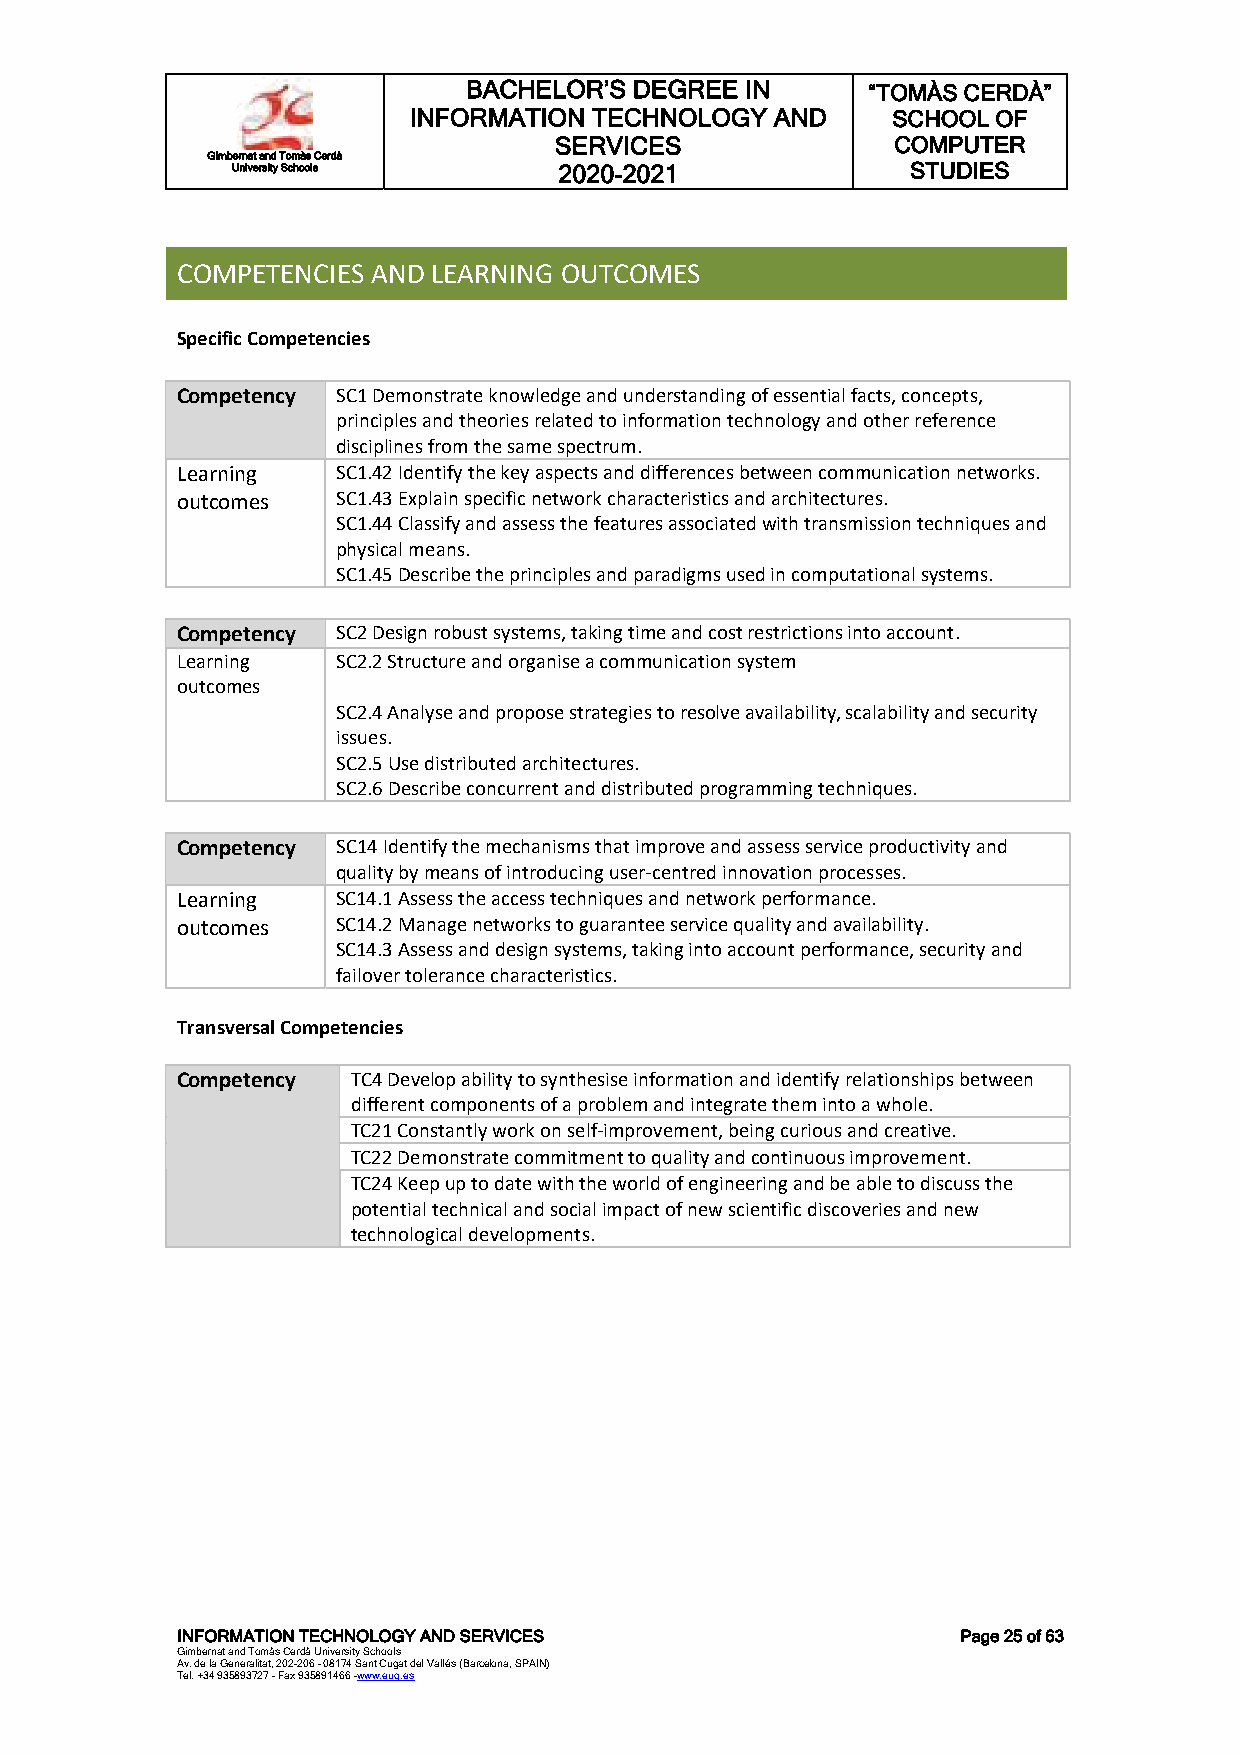
BACHELOR’S DEGREE IN      “TOMÀS CERDÀ”
 INFORMATION TECHNOLOGY  AND     SCHOOL OF
 SERVICES              COMPUTER
 Gimbernat and Tomàs Cerdà
 University Schools    2020-2021              STUDIES
 COMPETENCIES AND LEARNING OUTCOMES
 Specific Competencies
 Competency SC1 Demonstrate knowledge and understanding of essential facts, concepts,
 principles and theories related to information technology and other reference
 disciplines from the same spectrum.
 Learning  SC1.42 Identify the key aspects and differences between communication networks.
 outcomes  SC1.43 Explain specific network characteristics and architectures.
 SC1.44 Classify and assess the features associated with transmission techniques and
 physical means.
 SC1.45 Describe the principles and paradigms used in computational systems.
 Competency SC2 Design robust systems, taking time and cost restrictions into account.
 Learning  SC2.2 Structure and organise a communication system
 outcomes
 SC2.4 Analyse and propose strategies to resolve availability, scalability and security
 issues.
 SC2.5 Use distributed architectures.
 SC2.6 Describe concurrent and distributed programming techniques.
 Competency SC14 Identify the mechanisms that improve and assess service productivity and
 quality by means of introducing user-centred innovation processes.
 Learning  SC14.1 Assess the access techniques and network performance.
 outcomes  SC14.2 Manage networks to guarantee service quality and availability.
 SC14.3 Assess and design systems, taking into account performance, security and
 failover tolerance characteristics.
 Transversal Competencies
 Competency TC4 Develop ability to synthesise information and identify relationships between
 different components of a problem and integrate them into a whole.
 TC21 Constantly work on self-improvement, being curious and creative.
 TC22 Demonstrate commitment to quality and continuous improvement.
 TC24 Keep up to date with the world of engineering and be able to discuss the
 potential technical and social impact of new scientific discoveries and new
 technological developments.
 INFORMATION TECHNOLOGY AND SERVICES                 Page 25 of 63
 Gimbernat and Tomàs Cerdà University Schools
 Av. de la Generalitat, 202-206 - 08174 Sant Cugat del Vallés (Barcelona, SPAIN)
 Tel. +34 935893727 - Fax 935891466 -www.eug.es